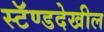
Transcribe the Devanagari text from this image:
स्टॅण्डदेखील